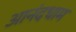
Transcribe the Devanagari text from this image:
आनंदधाम